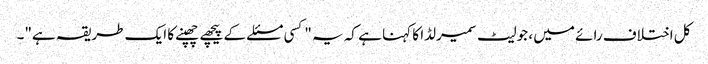
کل اختلاف رائے میں ، جولیٹ سمیرلڈا کا کہنا ہے کہ یہ "کسی مسئلے کے پیچھے چھپنے کا ایک طریقہ ہے"۔